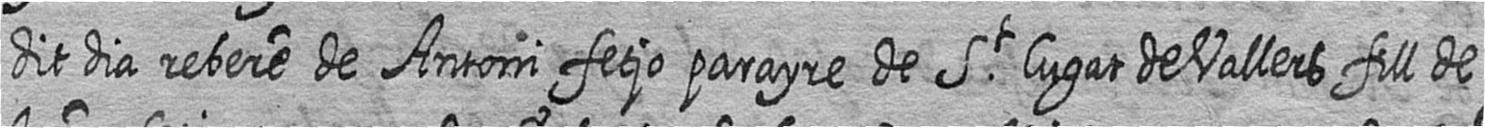
dit dia rebere de Antoni fetjo parayre de St Cugat de Vallers fill de